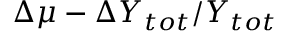
\Delta \mu - \Delta Y _ { t o t } / Y _ { t o t }